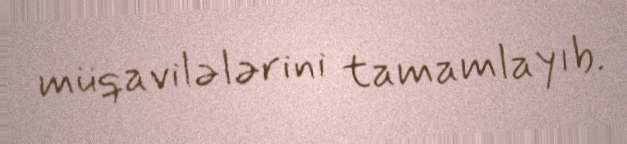
müqavilələrini tamamlayıb.